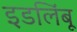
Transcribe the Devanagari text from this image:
इडलिंबू